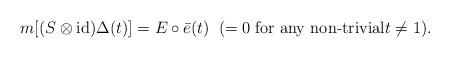
LaTeX: \begin{align*}m[(S\otimes {\rm id})\Delta(t)]=E\circ\bar{e}(t)\;\;(=0\;\mbox{for any non-trivial$t\not=1$}).\end{align*}